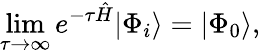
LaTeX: \operatorname*{lim}_{\tau\to\infty}e^{-\tau\hat{H}}|\Phi_{i}\rangle=|\Phi_{0}\rangle,